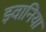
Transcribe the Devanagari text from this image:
झ्वानिया